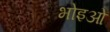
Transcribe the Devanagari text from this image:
भोइओ